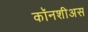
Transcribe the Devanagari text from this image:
कॉनशीअस